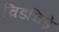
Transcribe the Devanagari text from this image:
चिडचिड़े